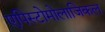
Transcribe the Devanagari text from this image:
एपिस्टोमोलाजिकल